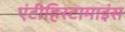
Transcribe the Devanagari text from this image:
एंटीहिस्टामाइंस